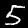
Digit: 5